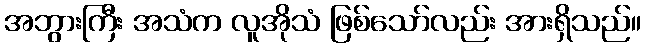
အဘွားကြီး အသံက လူအိုသံ ဖြစ်သော်လည်း အားရှိသည်။